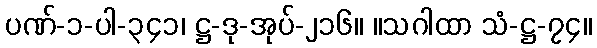
ပဏ်-၁-ပါ-၃၄၁၊ ဋ္ဌ-ဒု-အုပ်-၂၁၆။ ။သဂါထာ သံ-ဋ္ဌ-၇၄။